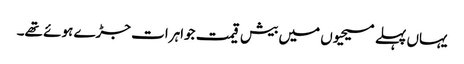
یہاں پہلے مسیحیوں میں بیش قیمت جواہرات جڑے ہوئے تھے۔